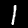
Label: 1